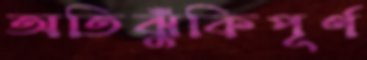
অতিঝুঁকিপূর্ণ